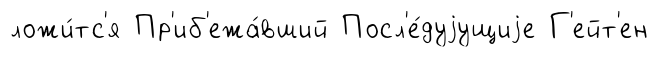
ложи́тс'я Пр'иб'ежа́вший Посл'е́дуjущиjе Г'ейт'ен